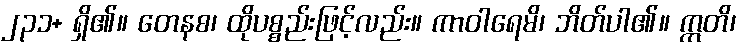
၂၃၁+ ရှိ၏။ တေနစ၊ ထိုပစ္စည်းဖြင့်လည်း။ ကာဝါရေမိ၊ ဘိတ်ပါ၏။ ဣတိ၊